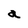
Character: a